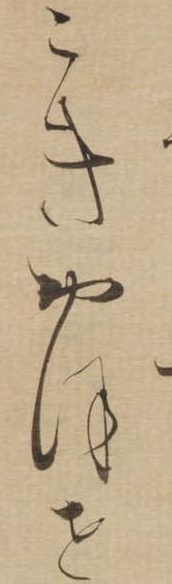
こきおほせ